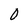
Character: 0